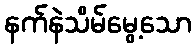
နက်နဲသိမ်မွေ့သော